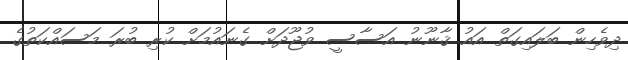
ދިވެހިން ބަލައިގަތް އައު ޤާނޫނު އަސާސީ ވުޖޫދަށް ގެނައުމަށް ކުރި ބުރަ މަސައްކަތުގެ